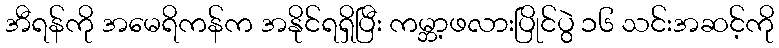
အီရန်ကို အမေရိကန်က အနိုင်ရရှိပြီး ကမ္ဘာ့ဖလားပြိုင်ပွဲ ၁၆ သင်းအဆင့်ကို